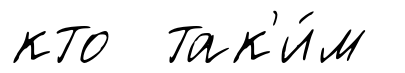
кто так'и́м